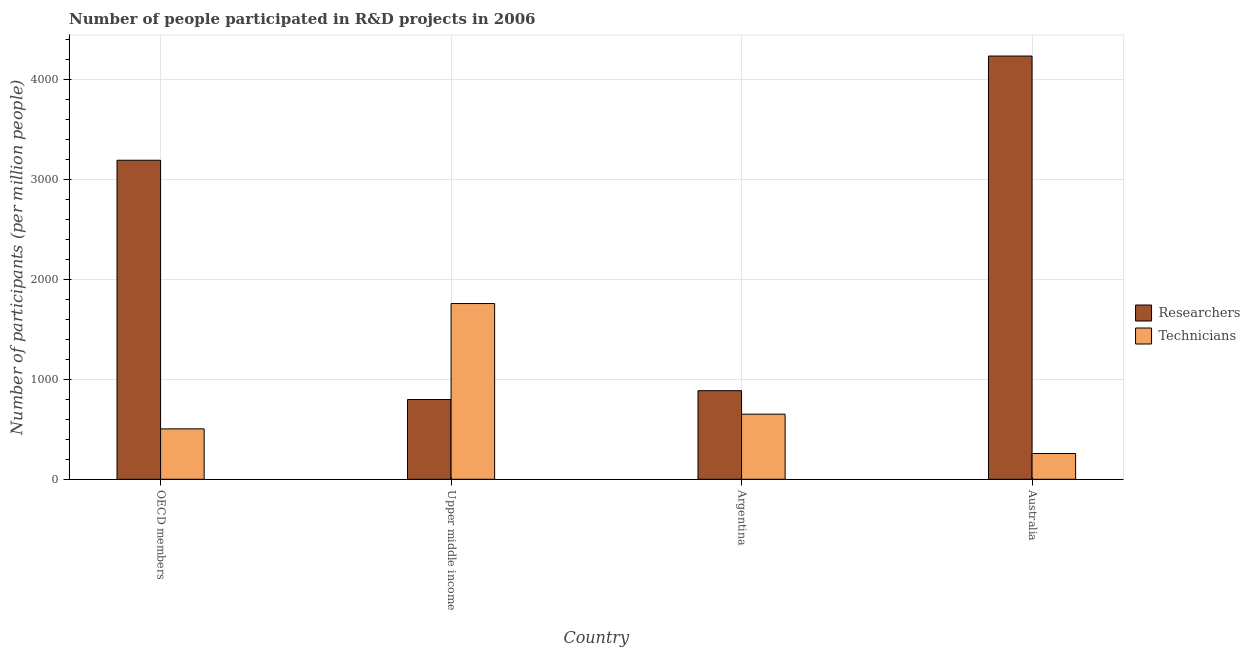
| Country | Researchers | Technicians |
 | --- | --- | --- |
 | OECD members | 3.19e+03 | 504 |
 | Upper middle income | 797 | 1.76e+03 |
 | Argentina | 886 | 651 |
 | Australia | 4.23e+03 | 258 |